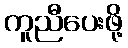
ကူညီပေးဖို့